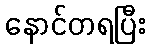
နောင်တရပြီး